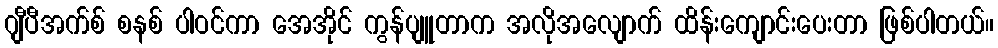
ဂျီပီအက်စ် စနစ် ပါဝင်ကာ အေအိုင် ကွန်ပျူတာက အလိုအလျောက် ထိန်းကျောင်းပေးတာ ဖြစ်ပါတယ်။